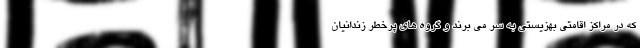
که در مراکز اقامتی بهزیستی به سر می برند و گروه های پرخطر زندانیان